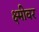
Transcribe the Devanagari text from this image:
क्ष्मीवर